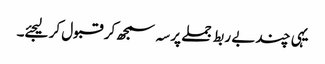
یہی چند بے ربط جملے پرسہ سمجھ کر قبول کر لیجئے۔